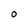
Character: O